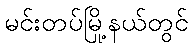
မင်းတပ်မြို့နယ်တွင်